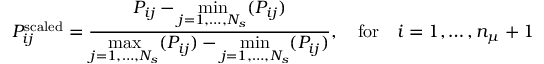
P _ { i j } ^ { \mathrm { s c a l e d } } = \frac { P _ { i j } - \underset { j = 1 , \ldots , N _ { s } } { \operatorname* { m i n } } ( P _ { i j } ) } { \underset { j = 1 , \ldots , N _ { s } } { \operatorname* { m a x } } ( P _ { i j } ) - \underset { j = 1 , \ldots , N _ { s } } { \operatorname* { m i n } } ( P _ { i j } ) } , \quad \mathrm { f o r } \quad i = 1 , \ldots , n _ { \mu } + 1